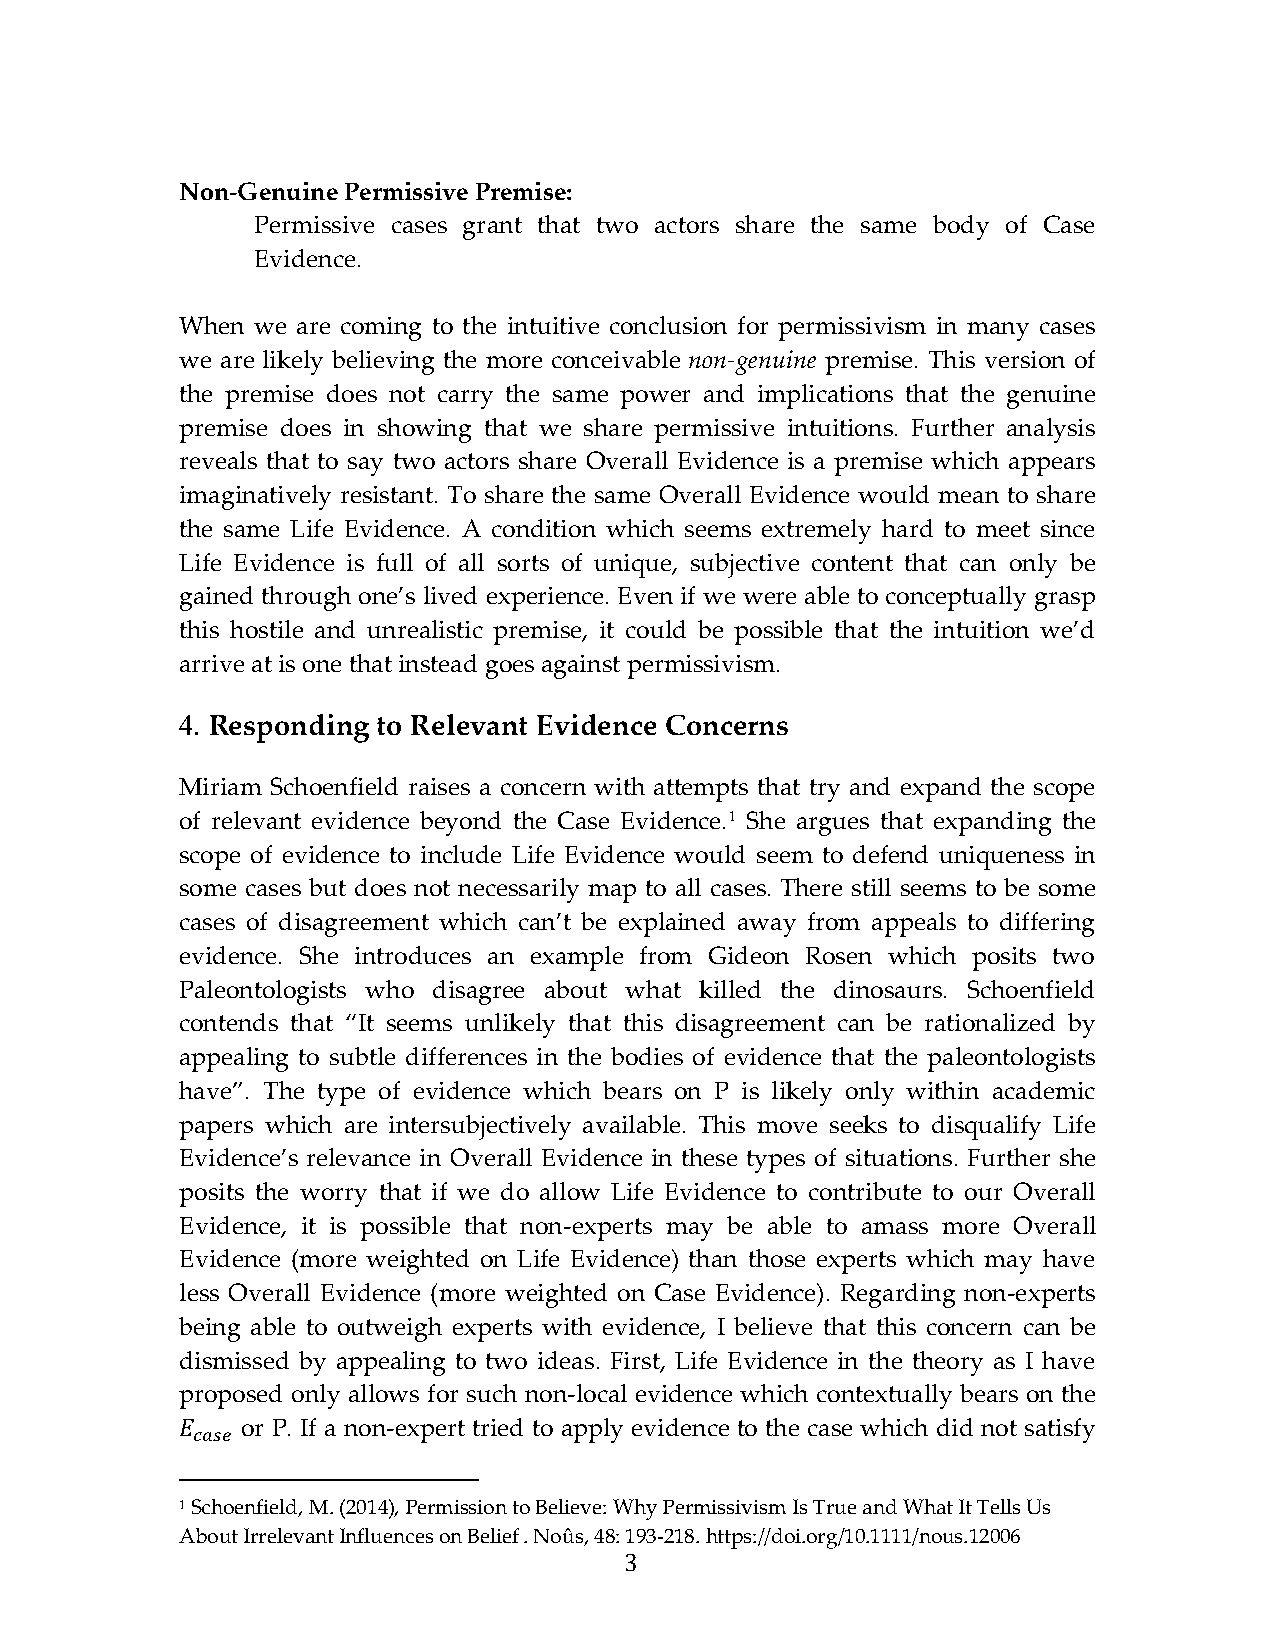
Non-Genuine Permissive Premise:
 Permissive cases grant that two actors share the same body of Case
 Evidence.
 When we are coming to the intuitive conclusion for permissivism in many cases
 we are likely believing the more conceivable non-genuine premise. This version of
 the premise does not carry the same power and implications that the genuine
 premise does in showing that we share permissive intuitions. Further analysis
 reveals that to say two actors share Overall Evidence is a premise which appears
 imaginatively resistant. To share the same Overall Evidence would mean to share
 the same Life Evidence. A condition which seems extremely hard to meet since
 Life Evidence is full of all sorts of unique, subjective content that can only be
 gained through one’s lived experience. Even if we were able to conceptually grasp
 this hostile and unrealistic premise, it could be possible that the intuition we’d
 arrive at is one that instead goes against permissivism.
 4. Responding to Relevant Evidence Concerns
 Miriam Schoenfield raises a concern with attempts that try and expand the scope
 of relevant evidence beyond the Case Evidence.1 She argues that expanding the
 scope of evidence to include Life Evidence would seem to defend uniqueness in
 some cases but does not necessarily map to all cases. There still seems to be some
 cases of disagreement which can’t be explained away from appeals to differing
 evidence. She introduces an example from Gideon Rosen which posits two
 Paleontologists who disagree about what killed the dinosaurs. Schoenfield
 contends that “It seems unlikely that this disagreement can be rationalized by
 appealing to subtle differences in the bodies of evidence that the paleontologists
 have”. The type of evidence which bears on P is likely only within academic
 papers which are intersubjectively available. This move seeks to disqualify Life
 Evidence’s relevance in Overall Evidence in these types of situations. Further she
 posits the worry that if we do allow Life Evidence to contribute to our Overall
 Evidence, it is possible that non-experts may be able to amass more Overall
 Evidence (more weighted on Life Evidence) than those experts which may have
 less Overall Evidence (more weighted on Case Evidence). Regarding non-experts
 being able to outweigh experts with evidence, I believe that this concern can be
 dismissed by appealing to two ideas. First, Life Evidence in the theory as I have
 proposed only allows for such non-local evidence which contextually bears on the
 or P. If a non-expert tried to apply evidence to the case which did not satisfy
 𝐸𝐸𝑐𝑐𝑐𝑐𝑠𝑠𝑐𝑐
 1 Schoenfield, M. (2014), Permission to Believe: Why Permissivism Is True and What It Tells Us
 About Irrelevant Influences on Belief . Noûs, 48: 193-218. https://doi.org/10.1111/nous.12006
 3